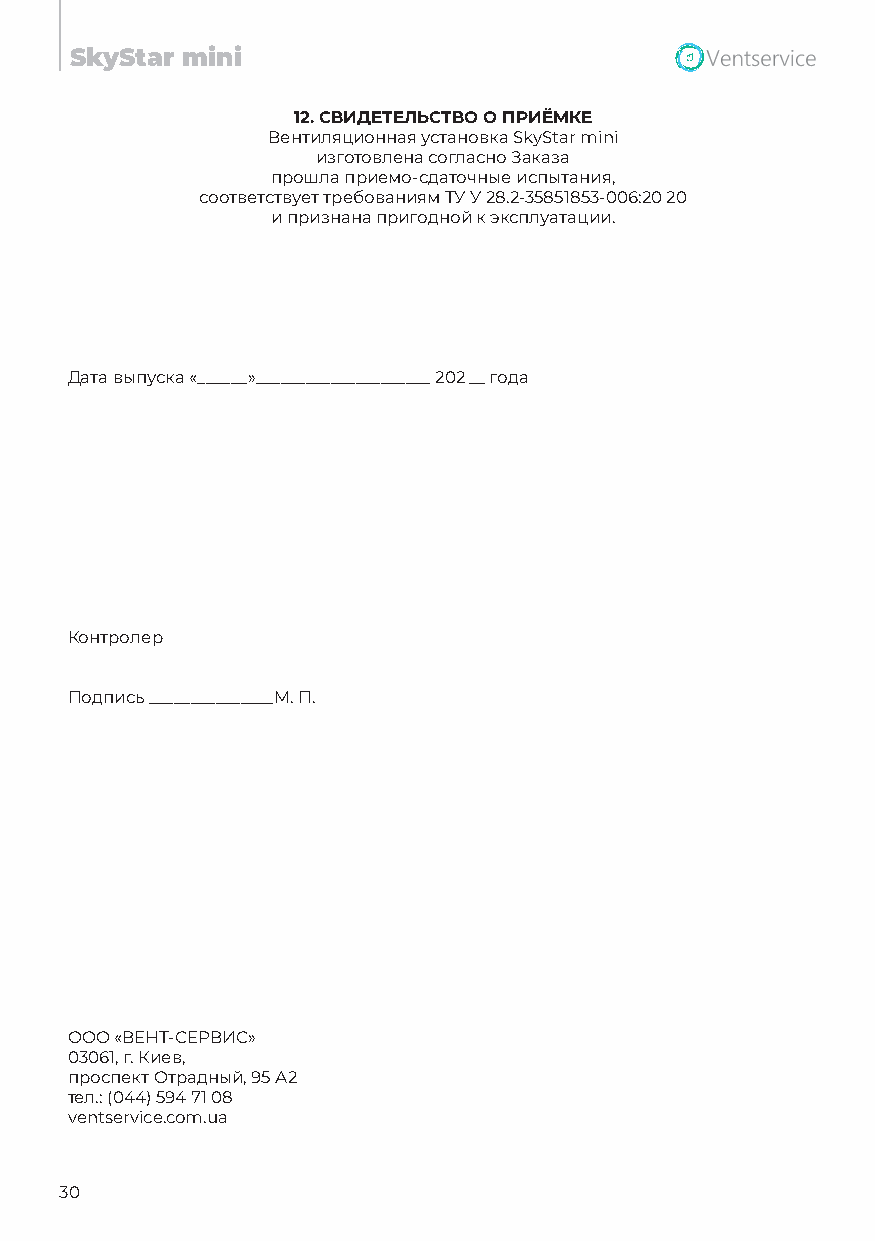
SkyStar mini
 12. СВИДЕТЕЛЬСТВО О ПРИЁМКЕ
 Вентиляционная установка SkyStar mini
 изготовлена согласно Заказа
 прошла приемо-сдаточные испытания,
 соответствует требованиям ТУ У 28.2-35851853-006:20 20
 и признана пригодной к эксплуатации.
 Дата выпуска «______»_____________________ 202 __ года
 Контролер
 Подпись _______________М. П.
 ООО «ВЕНТ-СЕРВИС»
 03061, г. Киев,
 проспект Отрадный, 95 А2
 тел.: (044) 594 71 08
 ventservice.com.ua
 30